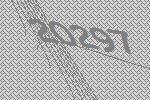
20297